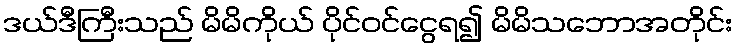
ဒယ်ဒီကြီးသည် မိမိကိုယ် ပိုင်ဝင်ငွေရ၍ မိမိသဘောအတိုင်း